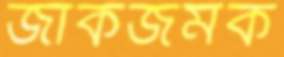
জাঁকজমক